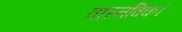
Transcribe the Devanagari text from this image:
वास्तविक।